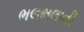
ભલભલાની